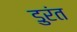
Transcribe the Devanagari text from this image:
डुरंत